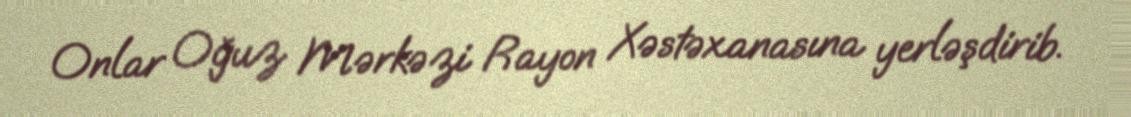
Onlar Oğuz Mərkəzi Rayon Xəstəxanasına yerləşdirib.